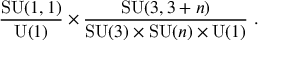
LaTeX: \frac { \mathrm { S U } ( 1 , 1 ) } { \mathrm { U } ( 1 ) } \times \frac { \mathrm { S U } ( 3 , 3 + n ) } { \mathrm { S U } ( 3 ) \times \mathrm { S U } ( n ) \times \mathrm { U } ( 1 ) } ~ .